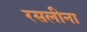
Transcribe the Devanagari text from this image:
रसलीना